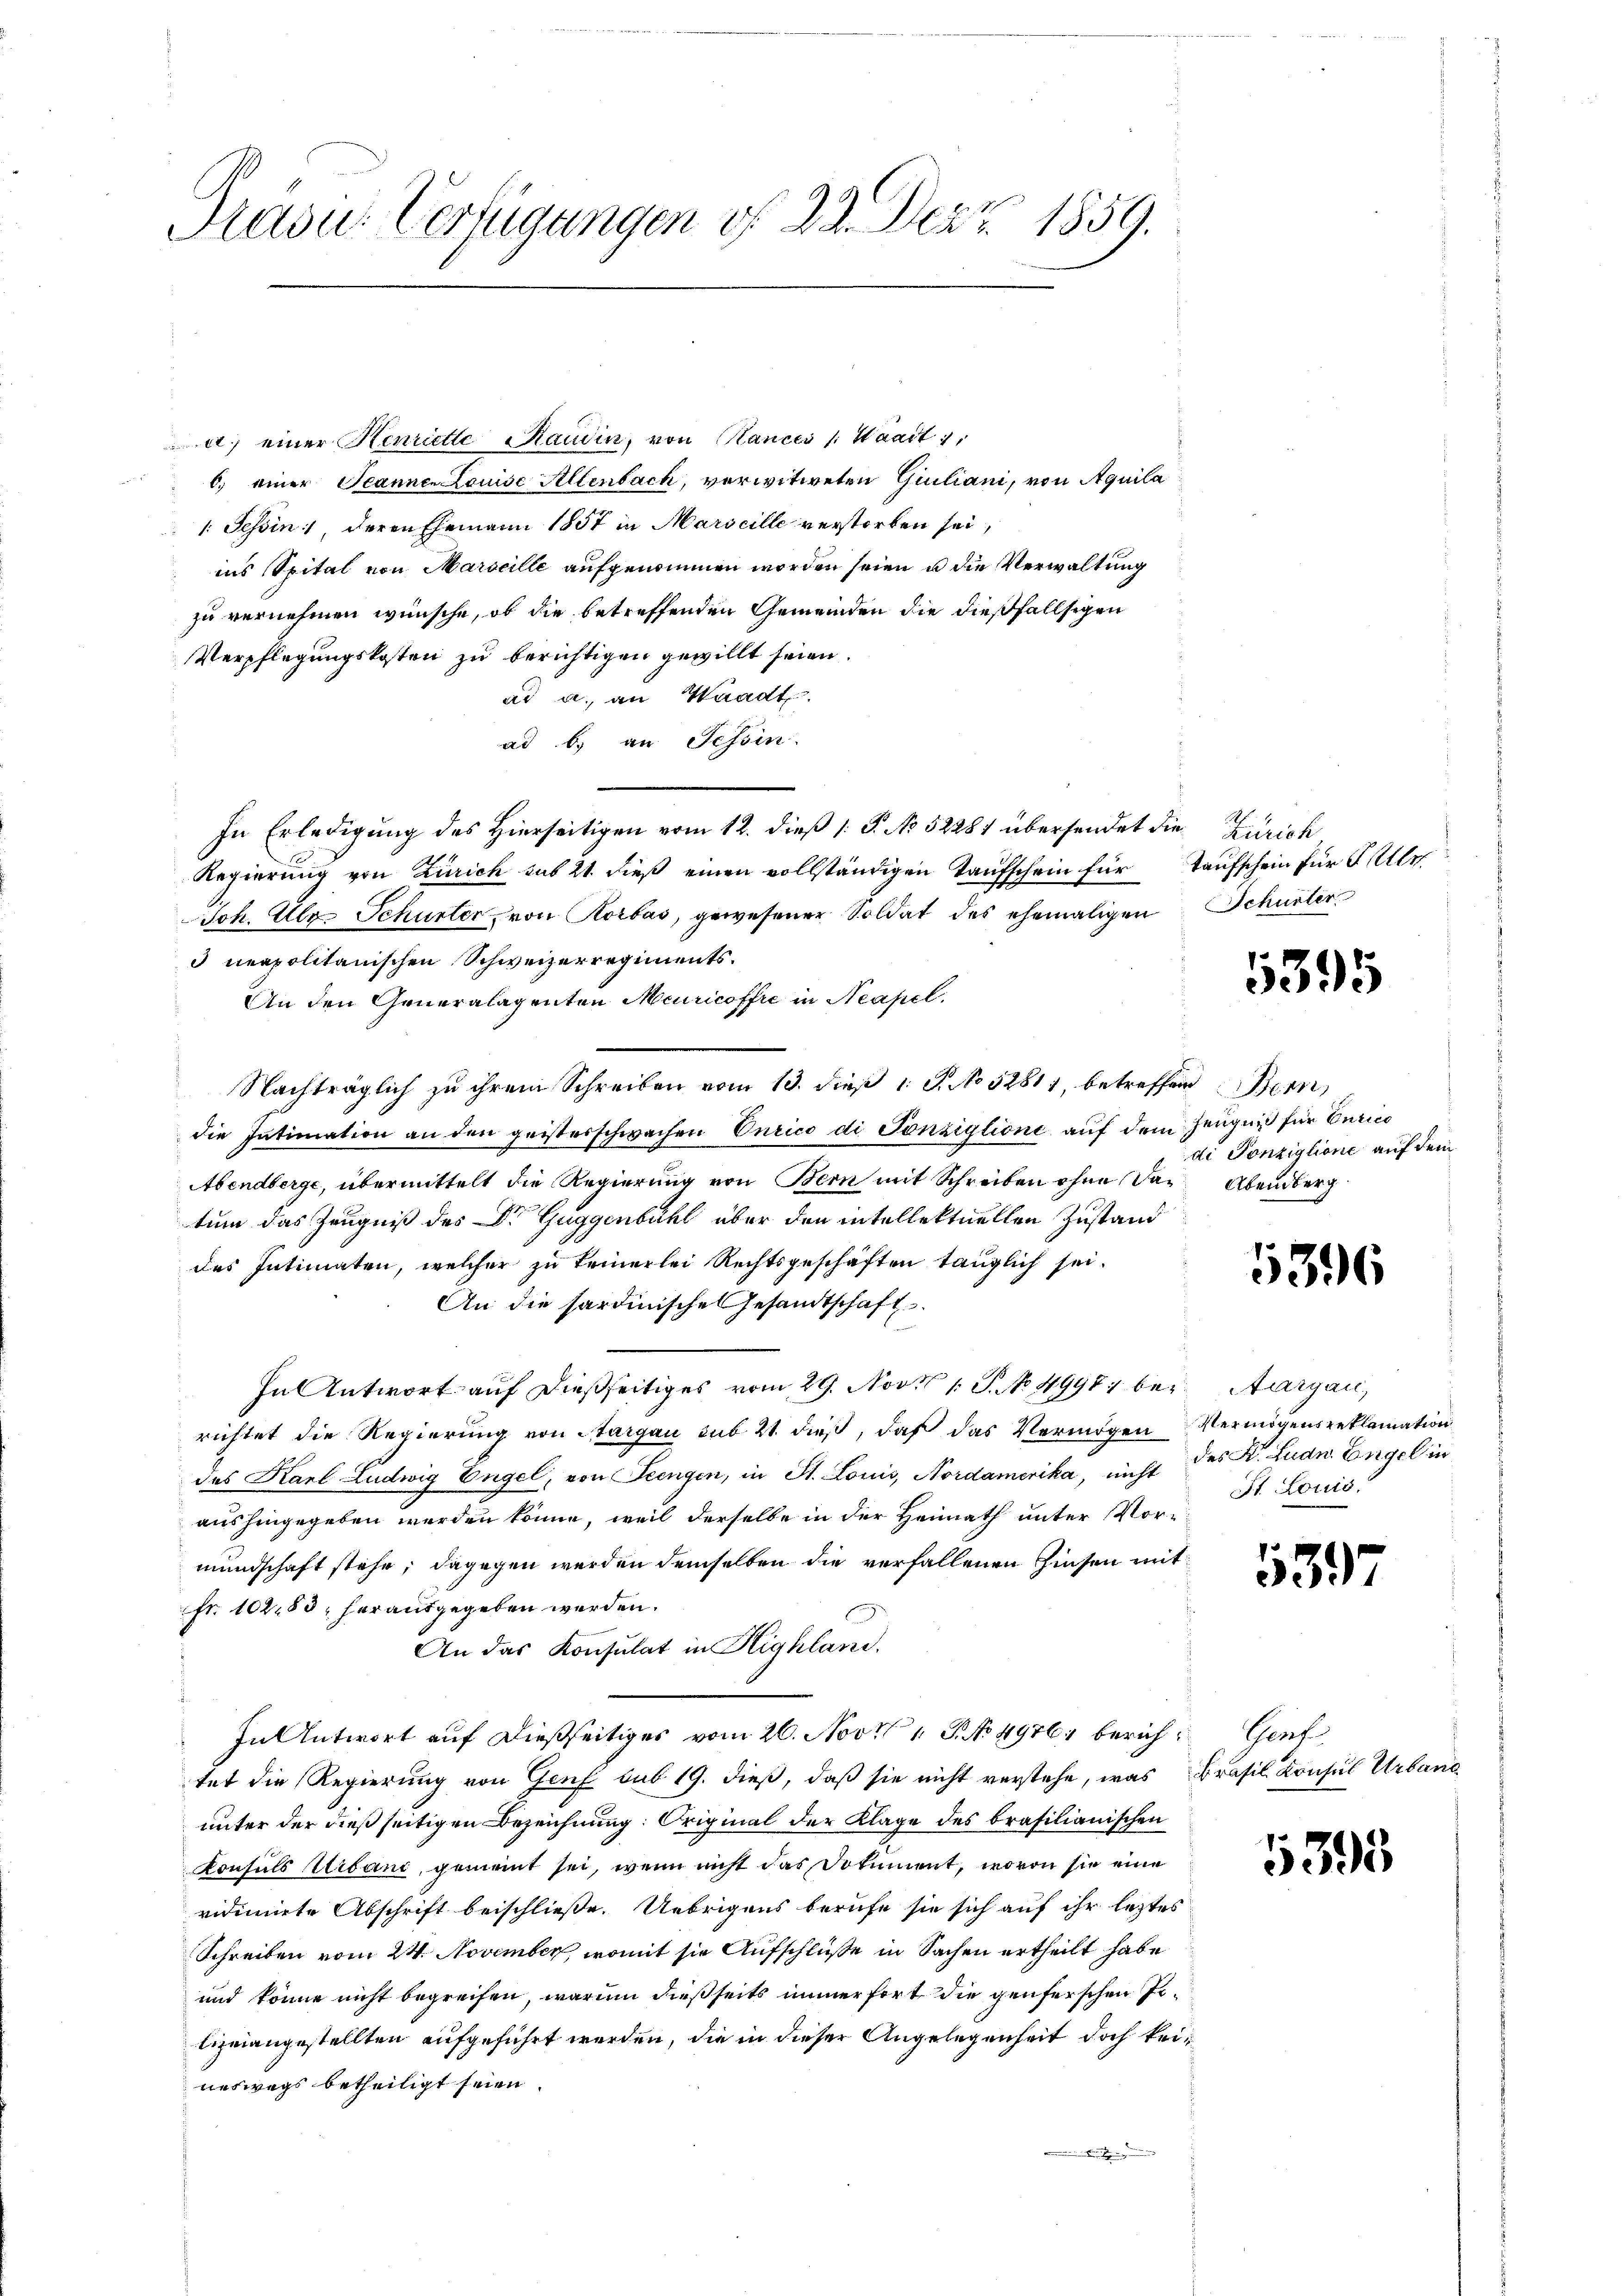
Pradus Verfügungen v. 22. Dez. 1859.

a) einer Henriette Raudin, von Hances /: Waadt 1,
6. einer Jeannen Louise Altenbach, verwitweten Guiliani, von Aquila
1. Tessin, deren Ehemann 1857 in Marseille verstorben sei,
ins Spital von Marseille aufgenommen worden seien u die Verwaltung
zu vernehmen wünsche, ob die betreffenden Gemeinden die dießfallsigen
Verpflegungskosten zu berichtigen gewillt seien.
ad a. an Waadt.
ad b) an Tessin.
In Erledigung des Hierseitigen vom 12. dieß (: P. No 5228) übersendet die Zürich
Regierung von Zürich sub 21. dieß einen vollständigen Taufschein für Taufschein für F. Ulr
Ich. Ulr. Schurter von Korbas, gewesener Soldat des ehemaligen Schuster
3 neapolitanischen Schweizerregiments.
An den Generalagenten Meuricoffre in Neapel.
Nachträglich zu ihrem Schreiben vom 13. dieß 1 S. No 52817, betreffend Bern
die Intimation an den geisterschwachen Curico di Ponziglione auf dem Zeugniß für Curico
Abendberge, übermittelt die Regierung von Bern mit Schreiben ohne das Abendberg
tum das Zeugniß des Dr Guggenbühl aber den intellektuellen Zustand
des Intimaten, welcher zu keinerlei Rechtsgeschäften tauglich sei.
An die sardinisches Gesandtschaft.
In Antwort auf dießseitiges vom 29. Nov. 1 P. No. 49981 bei Aargau,
richtet die Regierung von Aargau sub 21. dieß, daß das Vermögen Vermögensreklamation
des Karl Ludwig Engel, von Seengen, in St. Louis, Nordamerika, nicht
aushingegeben werden könne, weil derselbe in der Heimath unter Vormundschaft stehe; dagegen werden demselben die verfallenen Zinsen mitfr. 102,83, herausgegeben werden.
An das Konsulat in Highland,
In Antwort auf dießseitiges vom 26. Nov. 1. No 4976, berich Genf
tet die Regierung von Genf sub 19. dieß, daß sie nicht verstehe, was Brasil Konsul Urband
unter der dießseitigen Bezeichnung. Original der Klage des brasilianischen
Konsuls Urband, gemeint sei, wenn nicht das Dokument, wovon sie eine
vidimirte Abschrift beischließe. Uebrigens berufe sie sich auf ihr leztes
Schreiben vom 24. November, womit sie Aufschlüße in Sachen ertheilt habe
und könne nicht begreifen, warum dießseits immer fort die genferschen Inlizeiangestellten aufgeführt werden, die in dieser Angelegenheit doch keineswegs betheiligt seien.

5395

di Ponziglione auf dem

5396

des St. Ludn. Engel in
St. Louis

5397

5395